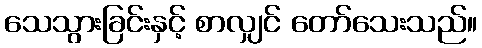
သေသွားခြင်းနှင့် စာလျှင် တော်သေးသည်။